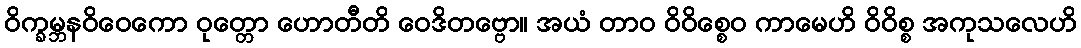
ဝိက္ခမ္ဘနဝိဝေကော ဝုတ္တော ဟောတီတိ ဝေဒိတဗ္ဗော။ အယံ တာဝ ဝိဝိစ္စေဝ ကာမေဟိ ဝိဝိစ္စ အကုသလေဟိ